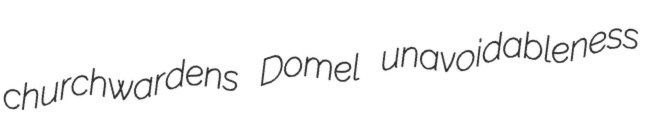
churchwardens Domel unavoidableness